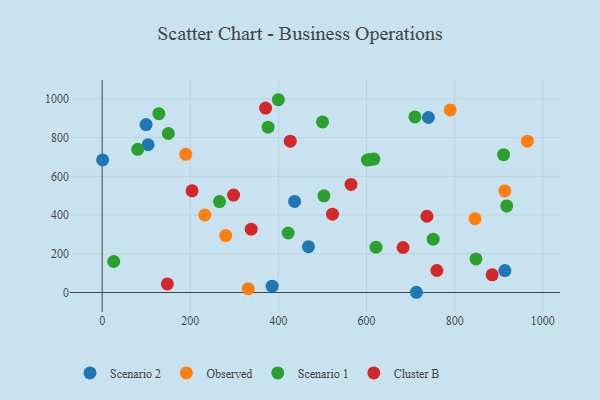
{"axis": {"x": "Experience", "y": "Sales"}, "legend": ["Cluster B", "Observed", "Scenario 1", "Scenario 2"], "data": [{"x": "436.8", "y": 470.3, "type": "Scenario 2"}, {"x": "713.2", "y": 1.1, "type": "Scenario 2"}, {"x": "914.0", "y": 113.0, "type": "Scenario 2"}, {"x": "104.2", "y": 762.9, "type": "Scenario 2"}, {"x": "468.2", "y": 236.4, "type": "Scenario 2"}, {"x": "740.5", "y": 903.7, "type": "Scenario 2"}, {"x": "385.8", "y": 32.5, "type": "Scenario 2"}, {"x": "1.0", "y": 684.7, "type": "Scenario 2"}, {"x": "99.6", "y": 867.2, "type": "Scenario 2"}, {"x": "189.8", "y": 713.7, "type": "Observed"}, {"x": "846.1", "y": 381.3, "type": "Observed"}, {"x": "232.9", "y": 400.1, "type": "Observed"}, {"x": "789.9", "y": 942.8, "type": "Observed"}, {"x": "965.1", "y": 781.2, "type": "Observed"}, {"x": "331.5", "y": 19.5, "type": "Observed"}, {"x": "913.8", "y": 524.6, "type": "Observed"}, {"x": "280.5", "y": 294.1, "type": "Observed"}, {"x": "26.2", "y": 160.0, "type": "Scenario 1"}, {"x": "266.3", "y": 469.5, "type": "Scenario 1"}, {"x": "500.1", "y": 881.0, "type": "Scenario 1"}, {"x": "128.6", "y": 923.6, "type": "Scenario 1"}, {"x": "848.4", "y": 173.1, "type": "Scenario 1"}, {"x": "607.3", "y": 686.6, "type": "Scenario 1"}, {"x": "601.9", "y": 683.6, "type": "Scenario 1"}, {"x": "709.9", "y": 906.5, "type": "Scenario 1"}, {"x": "399.9", "y": 995.5, "type": "Scenario 1"}, {"x": "918.2", "y": 446.8, "type": "Scenario 1"}, {"x": "80.6", "y": 739.5, "type": "Scenario 1"}, {"x": "616.7", "y": 689.2, "type": "Scenario 1"}, {"x": "751.3", "y": 275.2, "type": "Scenario 1"}, {"x": "911.1", "y": 711.7, "type": "Scenario 1"}, {"x": "621.5", "y": 233.8, "type": "Scenario 1"}, {"x": "503.3", "y": 499.4, "type": "Scenario 1"}, {"x": "376.6", "y": 853.8, "type": "Scenario 1"}, {"x": "150.1", "y": 821.0, "type": "Scenario 1"}, {"x": "422.2", "y": 307.2, "type": "Scenario 1"}, {"x": "759.7", "y": 113.6, "type": "Cluster B"}, {"x": "522.7", "y": 404.5, "type": "Cluster B"}, {"x": "147.9", "y": 44.2, "type": "Cluster B"}, {"x": "564.8", "y": 558.2, "type": "Cluster B"}, {"x": "682.9", "y": 232.4, "type": "Cluster B"}, {"x": "338.2", "y": 327.0, "type": "Cluster B"}, {"x": "885.1", "y": 91.1, "type": "Cluster B"}, {"x": "204.0", "y": 525.0, "type": "Cluster B"}, {"x": "426.9", "y": 781.4, "type": "Cluster B"}, {"x": "298.2", "y": 503.0, "type": "Cluster B"}, {"x": "370.9", "y": 952.4, "type": "Cluster B"}, {"x": "737.1", "y": 393.6, "type": "Cluster B"}]}